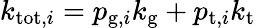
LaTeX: k_{\mathrm{tot},i}=p_{\mathrm{g},i}k_{\mathrm{g}}+p_{\mathrm{t},i}k_{\mathrm{t}}